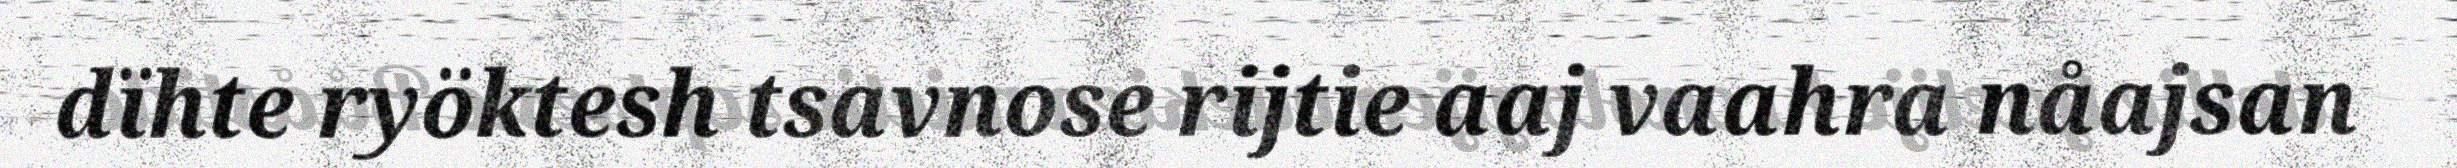
dïhte ryöktesh tsavnose rijtie aaj vaahra nåajsan